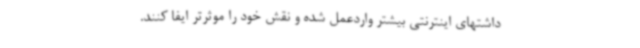
داشتهای اینترنتی بیشتر واردعمل شده و نقش خود را موثرتر ایفا کنند.